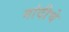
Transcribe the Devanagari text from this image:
नांदीचे